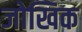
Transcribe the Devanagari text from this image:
जोखिक